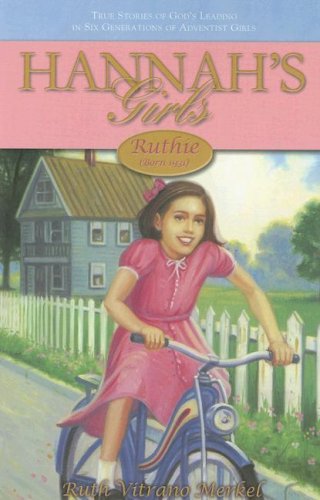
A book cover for Ruthie: Born 1931 (Hannah's Girls); Ruth Vitrano Merkel; Christian Books & Bibles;